Distribution and causation of leprosy in British India
Year: 1875
Disease focus: Leprosy
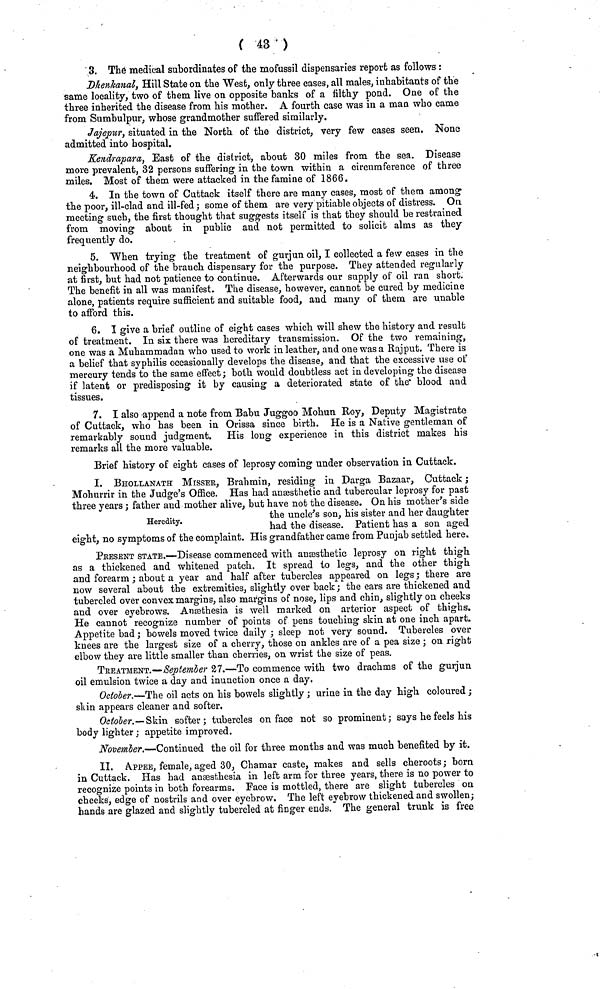
(43)
3. The medical subordinates of the mofussil dispensaries report as follows :
Dhenkanal, Hilt State on the West, only three cases, all males, inhabitants of the
same locality, two of them live on opposite banks of a iilthy pond. One of the
three inherited the disease from his mother. A fourth case was in a man who came
from Sumbulpur, whose grandmother suffered similarly.
Jajepur, situated in the North of the district, very few cases seen. None
admitted into hospital.
Kendrapara, East of the district, about 30 miles from the sea. Disease
more prevalent, 32 persons suffering· in the town within a circumference of three
miles. Most of them were attacked in the famine of 1866.
4. In the town of Cuttack itself there are many cases, most of them among
the poor, ill-clad and ill-fed ; some of them are very pitiable objects of distress. On
meeting such, the first thought that suggests itself is that they should be restrained
from moving about in public and not permitted to solicit alms as they
frequently do.
5. When trying the treatment of gurjun oil, I collected a few cases in the
neighbourhood of the branch dispensary for the purpose. They attended regularly
at first, but had not patience to continue. Afterwards our supply of oil ran short.
The benefit in all was manifest. The disease, however, cannot be cured by medicine
alone, patients require sufficient and suitable food, and many of them are unable
to afford this.
6. I give a brief outline of eight cases which will shew the history and result
of treatment. In six there was hereditary transmission. Of the two remaining,
one was a Muhammadan who used to work in leather, and one was a Rajput. There is
a belief that syphilis occasionally develops the disease, and that the excessive use of
mercury tends to the same effect; both would doubtless act in developing the disease
if latent or predisposing it by causing a deteriorated state of the blood and
tissues.
7. I also append a note from Babu Juggoo Mohun Roy, Deputy Magistrate
of Cuttack, who has been in Orissa since birth. He is a Native gentleman of
remarkably sound judgment. His long experience in this district makes his
remarks all the more valuable.
Brief history of eight cases of leprosy coming under observation in Cuttaek.
Heredity.
I. BHOLLANATH MISSEE, Brahmin, residing in Darga Bazaar, Cuttack ;
Mohurrir in the Judge's Office. Has had anaesthetic and tubercular leprosy for past
three vears ;: father and mother alive, but have not the disease. On his mother's side
the uncle's son, his sister and her daughter
had the disease. Patient has a son aged
eight, no symptoms of the complaint. His grandfather came from Punjab settled here.
PRESENT STATE.—Disease commenced with anæsthetic leprosy on right thigh
as a thickened and whitened patch. It spread to legs, and the other thigh
and forearm ; about a year and half after tubercles appeared on legs ; there are
now several about the extremities, slightly over back ; the ears are thickened and
tubercled over convex margins, also margins of nose, lips and chin, slightly on cheeks
and over eyebrows. Anæethesia is well marked on arterior aspect of thighs.
He cannot recognize number of points of pens touching skin at one inch apart.
Appetite bad ; bowels moved twice daily ; sleep not very sound. Tubercles over
knees are the largest size of a cherry, those on ankles are of a pea size ; on right
elbow they are little smaller than cherries, on wrist the size of peas.
TREATMENT.—September 27.—To commence with two drachms of the gurjun
oil emulsion twice a day and inunction once a day.
October.—The oil acts on his bowels slightly ; urine in the day high coloured ;
skin appears cleaner and softer.
October.—Skin softer; tubercles on face not so prominent; says he feels his
body lighter; appetite improved.
November.—Continued the oil for three months and was much benefited by it.
II. APPEE, female, aged 30, Chamar caste, makes and sells cheroots; born
in Cuttack. Has had anaesthesia in left arm for three years, there is no power to
recognize points in both forearms. Face is mottled, there are slight tubercles on
cheeks, edge of nostrils and over eyebrow. The left eyebrow thickened and swollen;
hands are glazed and slightly tubercled at finger ends. The general trunk is free